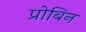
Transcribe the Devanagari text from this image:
प्रोबिन